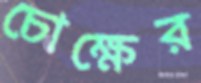
চোক্ষের